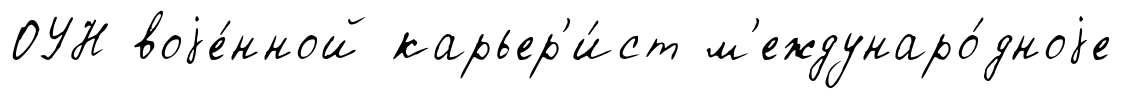
ОУН воjе́нной карьер'и́ст м'еждунаро́дноjе